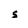
Character: S